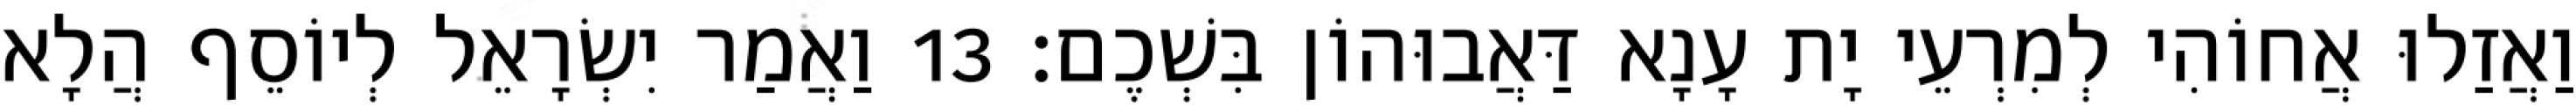
וַאֲזַלוּ אֲחוֹהִי לְמִרְעֵי יָת עָנָא דַּאֲבוּהוֹן בִּשְׁכֶם׃ 13 וַאֲמַר יִשְׂרָאֵל לְיוֹסֵף הֲלָא